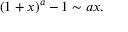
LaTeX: ( 1 + x ) ^ { a } - 1 \sim a x .